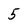
Character: 5